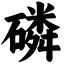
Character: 磷